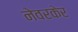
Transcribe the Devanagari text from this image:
नेवरकेर